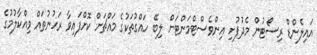
އައިލެންޑް ރިސޯޓުން މެދުފުށި އިންވެސްޓްމަންޓަށް ލިބޭ ހައްގުތަކުގެ މައްޗަށް ކޮށްފައިވާ ރަހުނުތައް ވިއްކާލުމުގެ